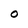
Character: O